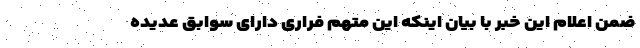
ضمن اعلام این خبر با بیان اینکه این متهم فراری دارای سوابق عدیده